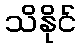
သိနိုင်